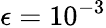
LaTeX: \epsilon=10^{-3}